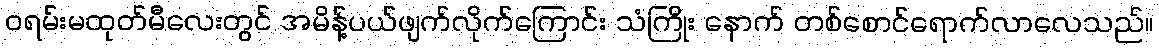
ဝရမ်းမထုတ်မီလေးတွင် အမိန့်ပယ်ဖျက်လိုက်ကြောင်း သံကြိုး နောက် တစ်စောင်ရောက်လာလေသည်။